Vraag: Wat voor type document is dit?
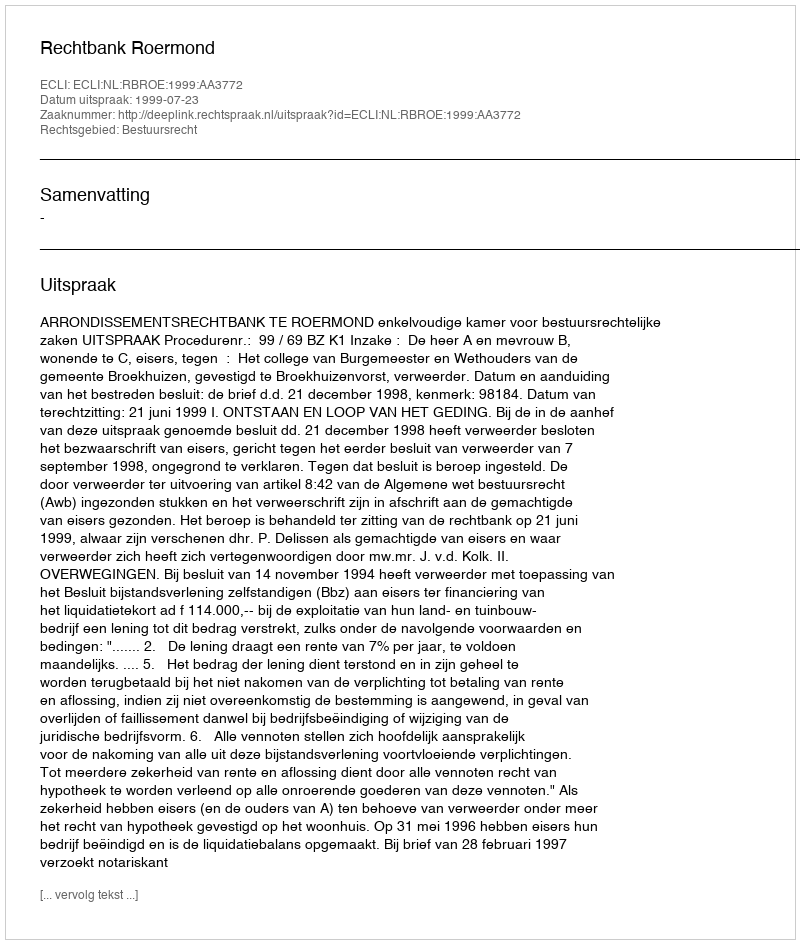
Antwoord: Uitspraak